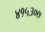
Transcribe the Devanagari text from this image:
४१५३०७